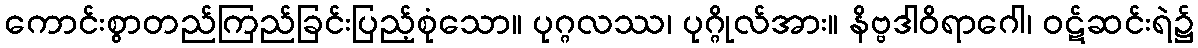
ကောင်းစွာတည်ကြည်ခြင်းပြည့်စုံသော။ ပုဂ္ဂလဿ၊ ပုဂ္ဂိုလ်အား။ နိဗ္ဗဒါဝိရာဂေါ၊ ဝဋ်ဆင်းရဲ၌